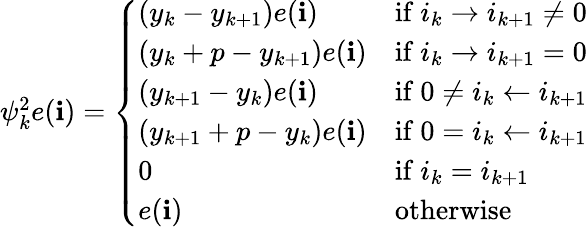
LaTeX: \begin{array}{r}{\psi_{k}^{2}e(\mathbf{i})=\left\{ \begin{array}{ll}{(y_{k}-y_{k+1})e(\mathbf{i})}&{\mathrm{if~}i_{k}\rightarrow i_{k+1}\neq 0}\\ {(y_{k}+p-y_{k+1})e(\mathbf{i})}&{\mathrm{if~}i_{k}\rightarrow i_{k+1}=0}\\ {(y_{k+1}-y_{k})e(\mathbf{i})}&{\mathrm{if~}0\neq i_{k}\leftarrow i_{k+1}}\\ {(y_{k+1}+p-y_{k})e(\mathbf{i})}&{\mathrm{if~}0=i_{k}\leftarrow i_{k+1}}\\ {0}&{\mathrm{if~}i_{k}=i_{k+1}}\\ {e(\mathbf{i})}&{\mathrm{otherwise}}\end{array}\right.}\end{array}